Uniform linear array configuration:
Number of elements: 64
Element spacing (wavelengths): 0.25
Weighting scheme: uniform
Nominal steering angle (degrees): -15
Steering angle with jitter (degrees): -16.283
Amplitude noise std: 0.05
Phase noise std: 0.05

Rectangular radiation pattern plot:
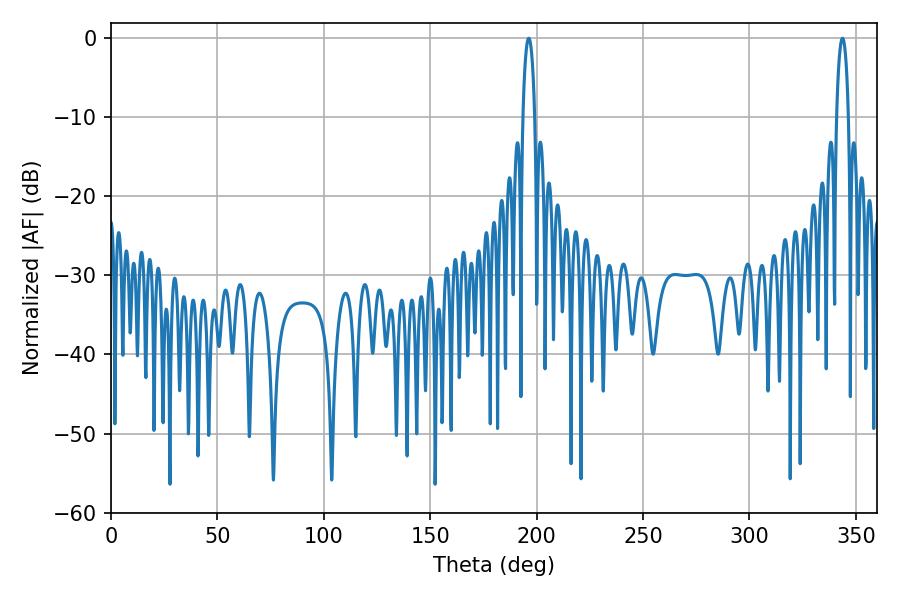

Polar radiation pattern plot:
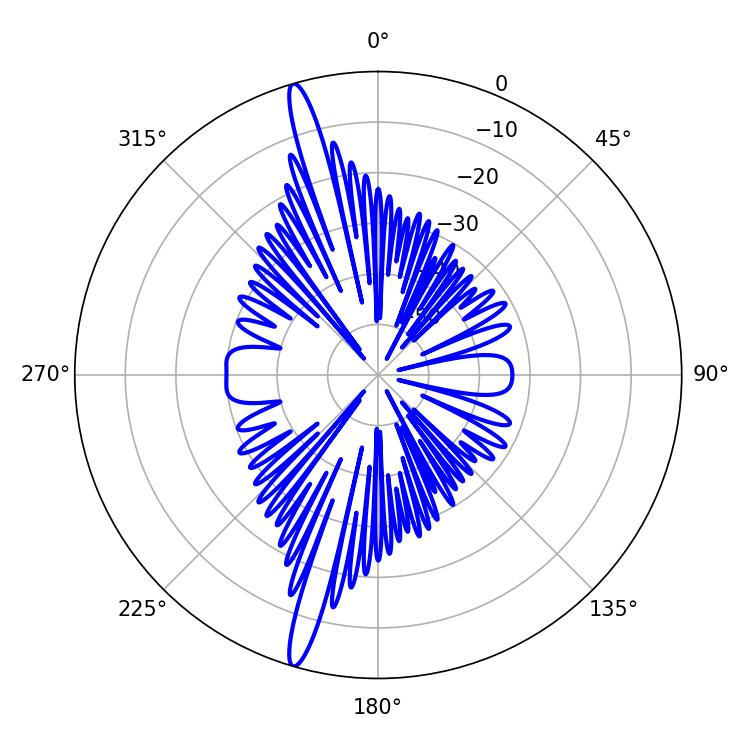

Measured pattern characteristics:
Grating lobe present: FALSE
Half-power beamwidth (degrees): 3.06
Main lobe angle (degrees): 196.2